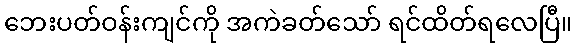
ဘေးပတ်ဝန်းကျင်ကို အကဲခတ်သော် ရင်ထိတ်ရလေပြီ။